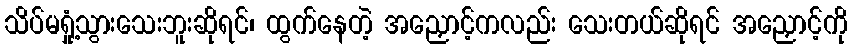
သိပ်မရှုံ့သွားသေးဘူးဆိုရင်၊ ထွက်နေတဲ့ အညှောင့်ကလည်း သေးတယ်ဆိုရင် အညှောင့်ကို